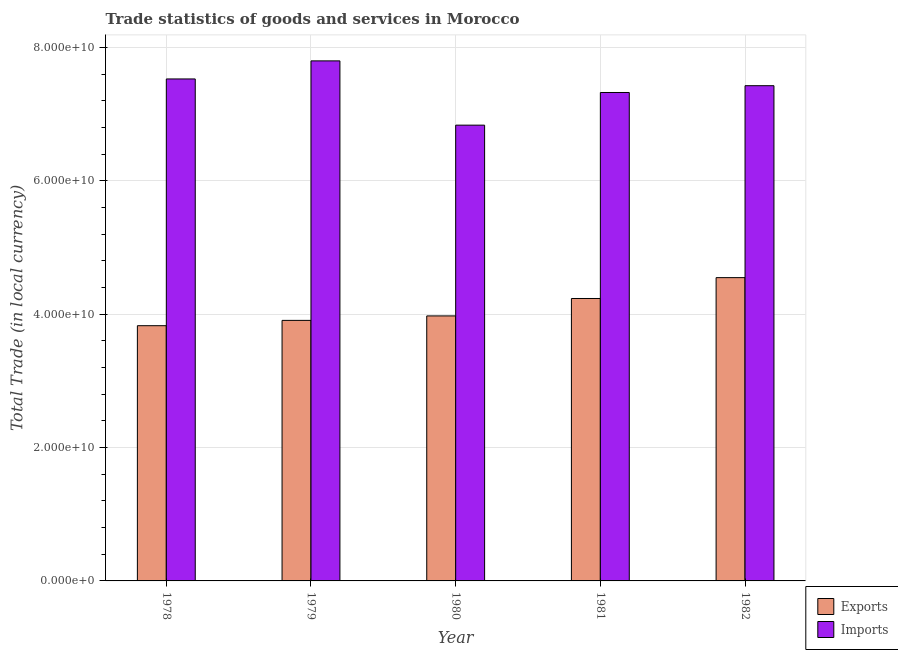
| Year | Exports | Imports |
 | --- | --- | --- |
 | 1978 | 3.83e+10 | 7.53e+10 |
 | 1979 | 3.91e+10 | 7.8e+10 |
 | 1980 | 3.97e+10 | 6.84e+10 |
 | 1981 | 4.24e+10 | 7.33e+10 |
 | 1982 | 4.55e+10 | 7.43e+10 |